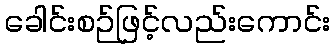
ခေါင်းစဉ်ဖြင့်လည်းကောင်း